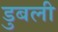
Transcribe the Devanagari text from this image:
डुबली